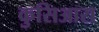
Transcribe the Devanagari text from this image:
कुसिआरा